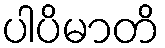
ပါပိမာတိ